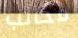
مخالب